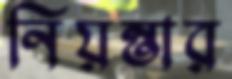
নিয়ন্তার